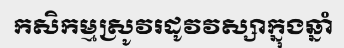
កសិកម្មស្រូវរដូវវស្សាក្នុងឆ្នាំ